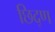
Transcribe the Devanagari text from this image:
छिद्ण